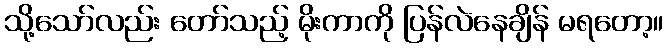
သို့သော်လည်း တော်သည့် မိုးကာကို ပြန်လဲနေချိန် မရတော့။